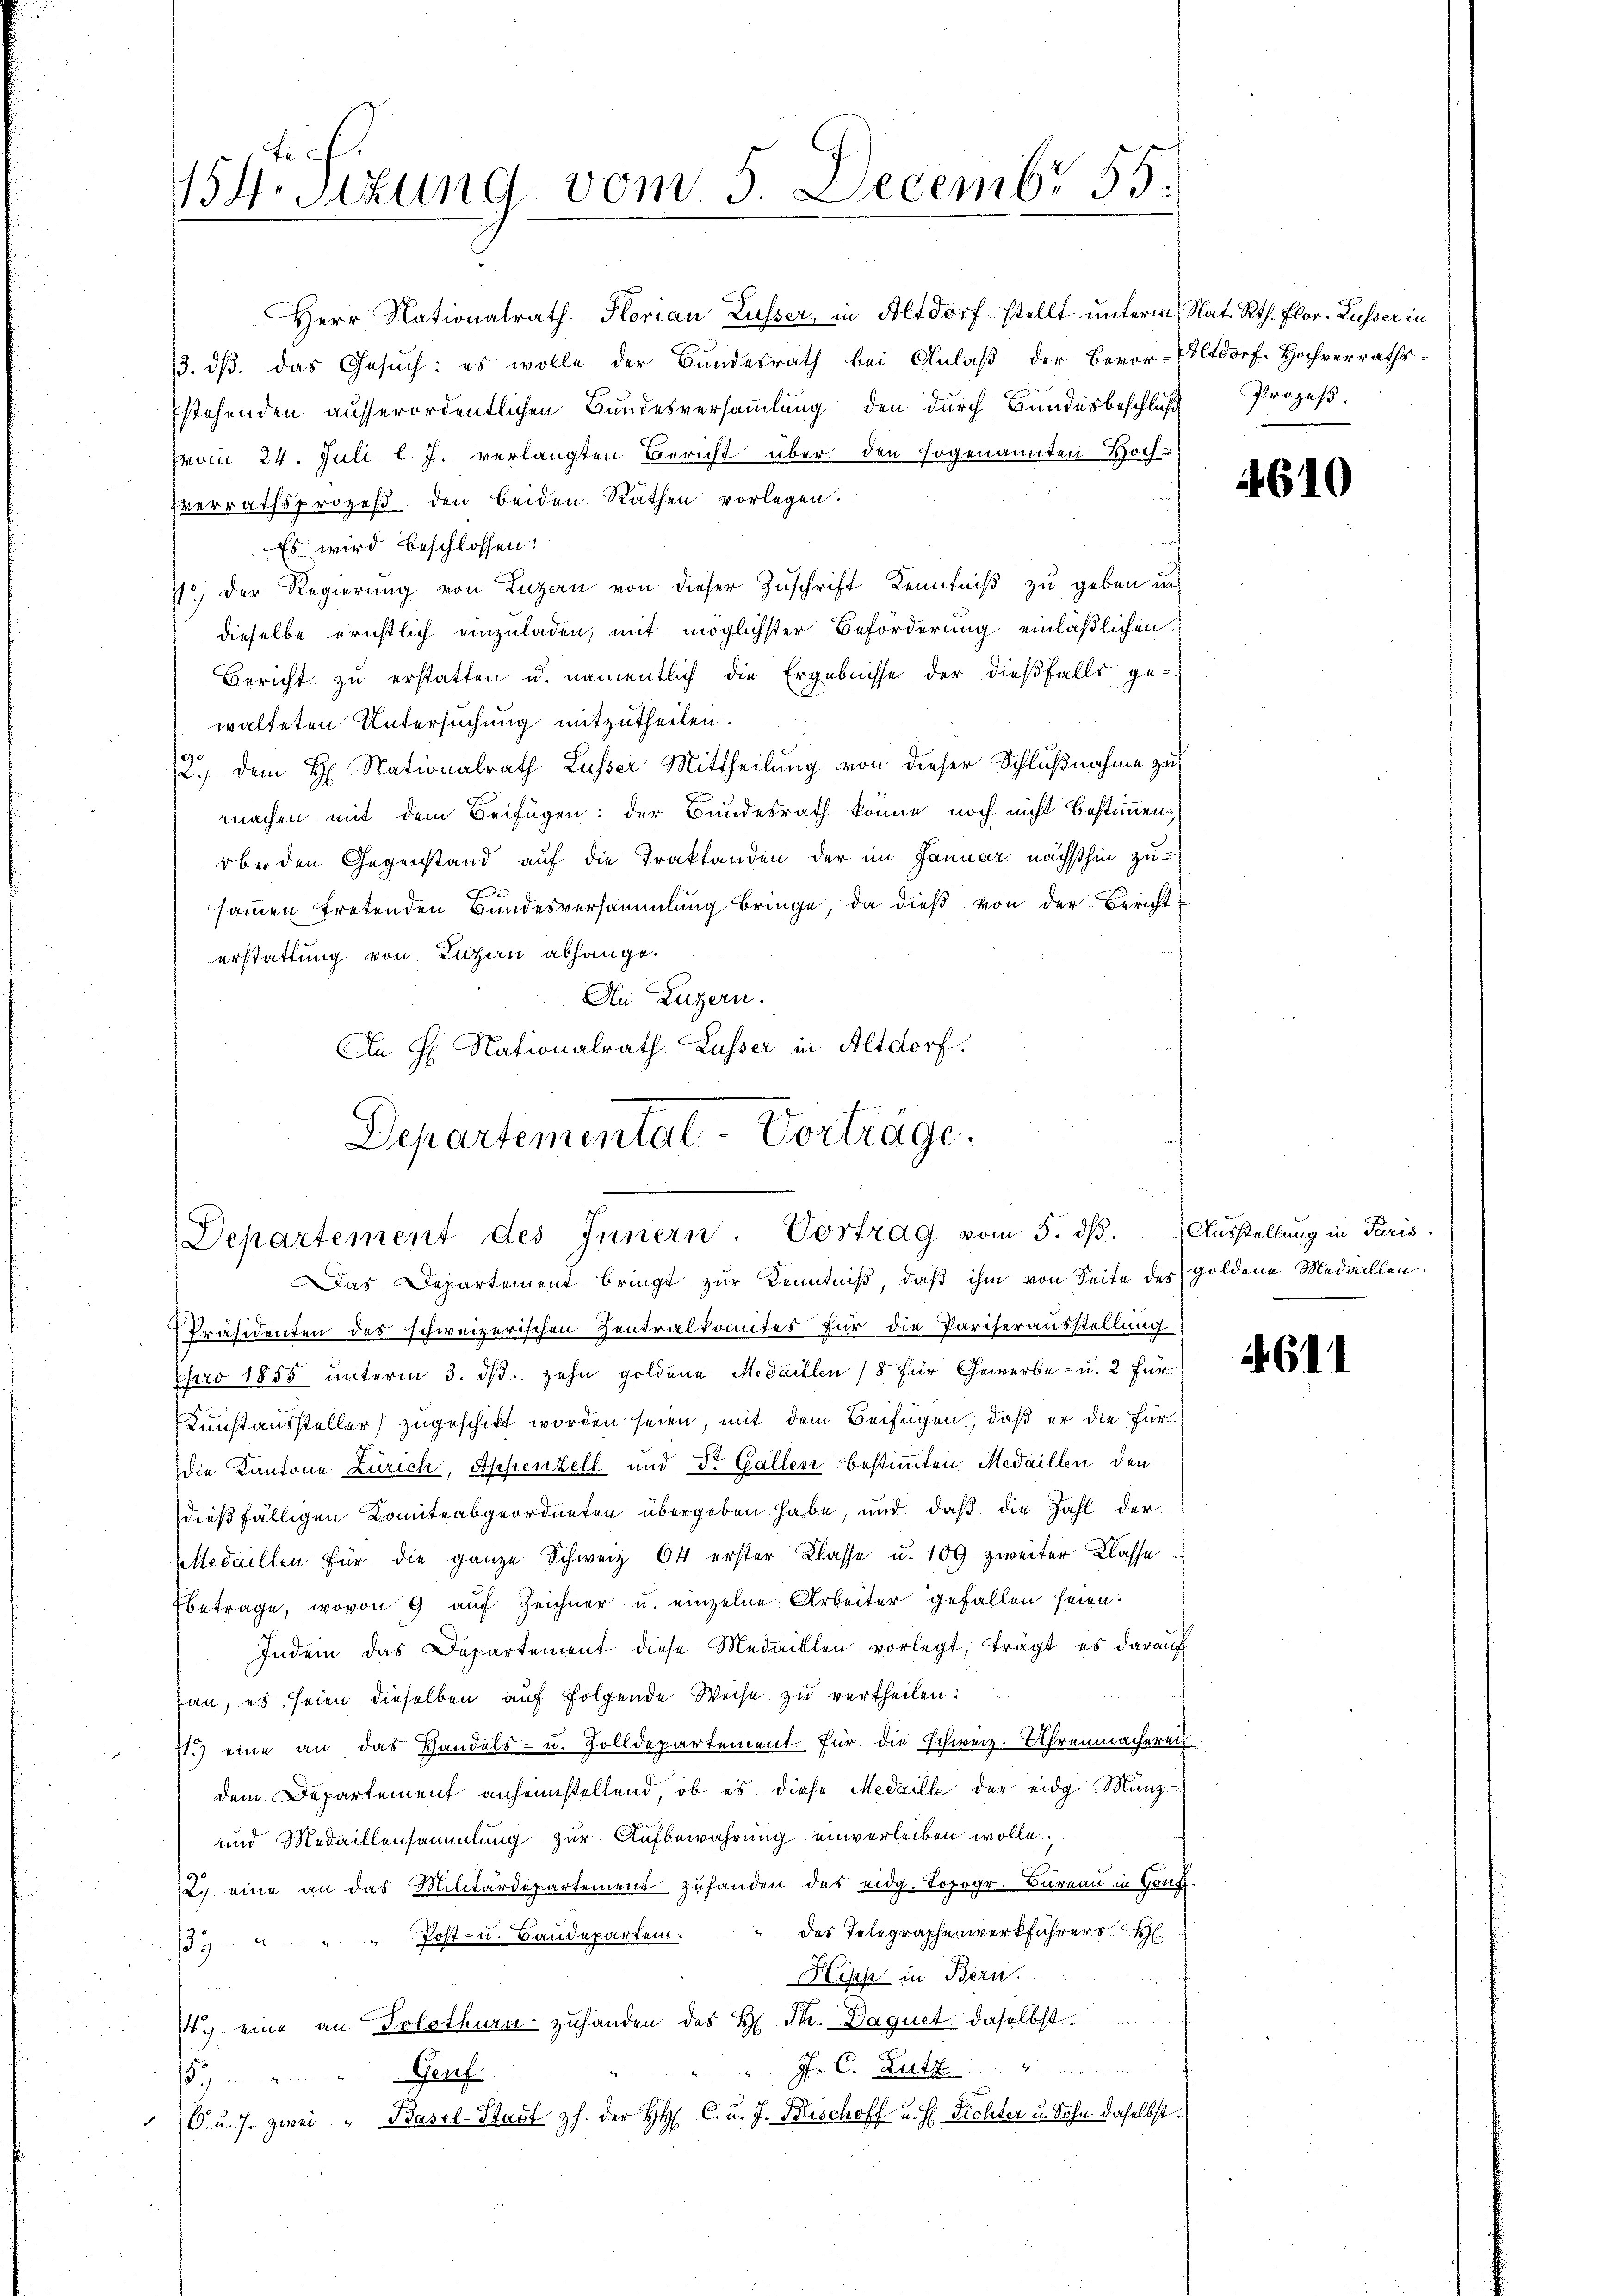
tich.
154. Sitzung vom 5. Decembr 55.

Herr Nationalrath Storian Lusser, in Altdorf stellt unterm Nat. Rth. Flor. Lusser in
13. dß. das Gesuch: es wolle der Bundesrath bei Anlaß der Bevor-Altdorf Hochverrathsstehenden ausserordentlichen Bundesversaṁlŭng, den durch Bundesbeschluß Prozeβ-
von 24. Juli l. J. verlangten Bericht über den sogenannten Hoch-
Verrathsprozeß den beiden Räthen vorlegen.
Es wird beschlossen:
7) Der Regierung von Luzern von dieser Zuschrift Kenntniß zu geben und
dieselbe ernstlich einzuladen, mit möglichster Beförderung einläßlichen
Bericht zu erstatten u. namentlich die Ergebnisse der dießfalls ge-
walteten Untersuchung mitzutheilen.
2.) Dem H. Nationalrath Lusser Mittheilung von dieser Schlußnahme zu
machen mit dem Beifügen: der Bundesrath könne noch nicht bestimmen,
ober den Gegenstand auf die Traktanden der im Januar nächsthin zusammen tretenden Bundesversammlung bringe, da dieß von der Bericht
erstattung von Luzern abhange.
An Luzern.
An H. Nationalrath Lusser in Altdorf.
Departemental-Vorträge.

Departement des Innern. Vortrag vom 5. dβ. Ausstellung in Paris,
Das Departement bringt zur Kenntniß, daß ihm von Seite des goldene Medaillen.

Präsidenten des schweizerischen Zentralkomites für die Pariserausstellung
pro 1855 unterm 3. ds. zehn goldene Medaillen (8 für Gewerbe- u. 2 für
Kunstaussteller zugeschickt worden seien, mit dem Beifügen, daß er die für
die Kantone Zürich, Appenzell und Dr. Gallen bestimmten Medaillen den
dießfälligen Komiteabgeordneten übergeben habe, und daß die Zahl der
tedaillen für die ganze Schweiz 64 erster Klasse u. 109 zweiter Classe
betrage, wovon 9 auf Zeichner u. einzelne Arbeiter gefallen seien.
Indem das Departement diese Medaillen vorlegt, trägt, es darauf
an, es seien dieselben auf folgende Weise zu vertheilen:
71.) eine an das Handels- u. Zolldepartement für die schweiz. Uhrenmacherei
dem Departement anheimstellend, ob es diese Medaille der eidg. Münz¬
und Medaillensammlung zur Aufbewahrung einverleiben wolle.
2. eine an das Militärdepartement zuhanden des eidg. Topogr. Bureau in Genf.
das Telegraphenwerkführers H
35 u. Post- u. Baudepartem.
Hische in Bern.
W.) eine an Solothurn zuhanden des H. Th. Daguet daselbst
 Dutz
.) " Genf
C. u. s. zwei " Basel-Stadt z. der H. C. u. J. Bischoff u. H. Fichter u. Sohn daselbst.

4610

611